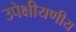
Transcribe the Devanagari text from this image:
उपेक्षीयणीय